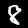
Label: 8